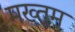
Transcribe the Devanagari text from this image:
मख्तूम